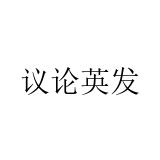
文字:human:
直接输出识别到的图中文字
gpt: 议论英发